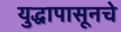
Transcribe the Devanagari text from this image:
युद्धापासूनचे